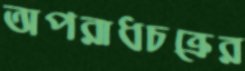
অপরাধচক্রের